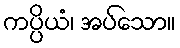
ကပ္ပိယံ၊ အပ်သော။